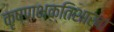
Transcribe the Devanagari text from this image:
कृष्णभक्तिशाखा